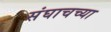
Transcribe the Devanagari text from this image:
संघाचच्या